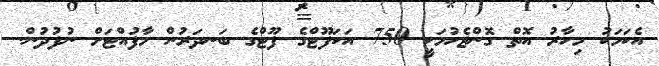
އެކަމަކު މިހާރު އޮތް ގޮންޖެހުމަކީ 750 އަކަފޫޓްގެ ފޫޓްގެ ބަނދަރުން މާފުއްޓަށް ނުފުދުން.